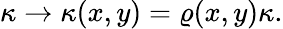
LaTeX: \begin{array}{r}{\kappa\rightarrow\kappa(x,y)=\varrho(x,y)\kappa.}\end{array}